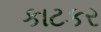
કાટકર